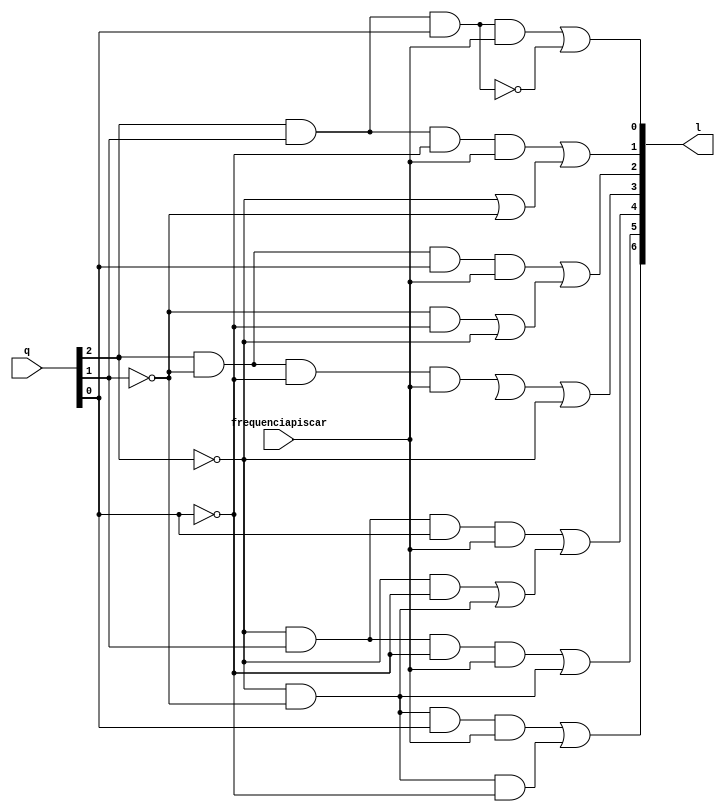
module decoder_esvaziar(q, frequenciapiscar, l);

input [3:0]q;
input frequenciapiscar;
output [6:0]l;

// linha 0 
and (cont6, q[2], q[1], q[0]);
and (linha0_esvazia, cont6, frequenciapiscar);
not (cont6_n, cont6);
or (l[0], linha0_esvazia, cont6_n);


// linha 1
or (linha1_desligada, !q[2], !q[1]);
and (cont5, q[2], q[1], !q[0]);
and (linha1_esvazia, cont5, frequenciapiscar);
or (l[1], linha1_esvazia,linha1_desligada);



// linha 2 
and (s1, !q[1], !q[0]);
or (linha2_desligada, s1, !q[2]);

and (cont4, q[2], !q[1], q[0]);
and (linha2_esvazia, cont4, frequenciapiscar);

or (l[2], linha2_esvazia, linha2_desligada);


// linha 3 
and (cont3, q[2], !q[1], !q[0]);
and (linha3_esvazia, cont3, frequenciapiscar);
or (l[3], linha3_esvazia, cont3_n, !q[2]);


// linha 4 
and (s3, !q[2], !q[0]);
and (s4, !q[2], !q[1]);
or (linha4_deligada, s3,s4);

and (cont2, !q[2], q[1], q[0]);
and (linha4_esvazia, cont2, frequenciapiscar);
or (l[4], linha4_esvazia, linha4_deligada);


// linha 5 
and (linha5_desligada, !q[2], !q[1]);
and (cont1, !q[2], q[1], !q[0]);
and (linha5_esvazia, cont1, frequenciapiscar);

or (l[5], linha5_esvazia, linha5_desligada);


// linha 6 
and (linha6_apagada, !q[2], !q[1], !q[0]);
and (cont0, !q[2], !q[1], q[0]);
and (linha6_esvazia, cont0, frequenciapiscar);

or (l[6], linha6_esvazia,linha6_apagada );


endmodule